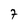
Character: 7